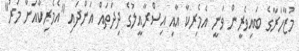
މުޒާހަރާގެ ބައިވެރީން ވަނީ އެމެރިކާ އާއި އިސްރާއީލުގެ ދިދަތައް އަންދައި "އެމެރިކާއަށް މަރު"